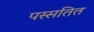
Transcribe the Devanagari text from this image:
पस्सतित